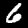
Digit: 6